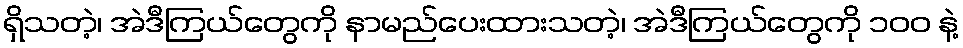
ရှိသတဲ့၊ အဲဒီကြယ်တွေကို နာမည်ပေးထားသတဲ့၊ အဲဒီကြယ်တွေကို ၁၀၀ နဲ့